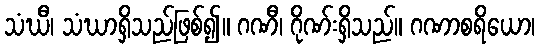
သံဃီ၊ သံဃာရှိသည်ဖြစ်၍။ ဂဏီ၊ ဂိုဏ်းရှိသည်။ ဂဏာစရိယော၊